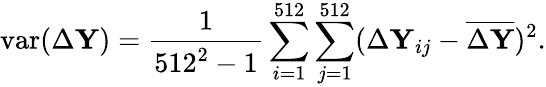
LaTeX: \mathrm{var}(\Delta\mathbf Y)=\frac{1}{512^{2}-1}\sum_{i=1}^{512}\sum_{j=1}^{512}(\Delta\mathbf Y_{ij}-\overline{{\Delta\mathbf Y}})^{2}.